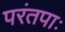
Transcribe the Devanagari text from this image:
परंतपाः